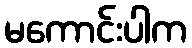
မကောင်းပါက